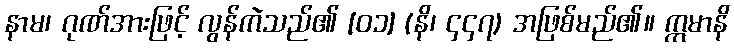
နာမ၊ ဂုဏ်အားဖြင့် လွန်ကဲသည်၏ [၀၁] (နိ၊ ၄၄၇) အဖြစ်မည်၏။ ဣမာနိ